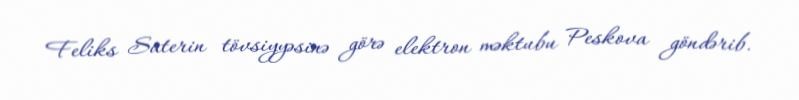
Feliks Saterin tövsiyyəsinə görə elektron məktubu Peskova göndərib.